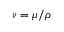
\nu = \mu / \rho